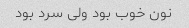
نون خوب بود ولی سرد بود